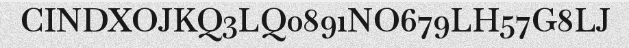
CINDXOJKQ3LQ0891NO679LH57G8LJ